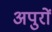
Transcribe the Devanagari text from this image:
अपुरों